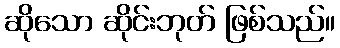
ဆိုသော ဆိုင်းဘုတ် ဖြစ်သည်။